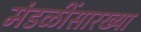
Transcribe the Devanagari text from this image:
मंडळींसारख्या